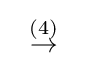
\;\;{\stackrel {(4)}{\to }}\;\;